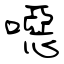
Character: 噁